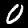
Digit: 0